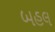
બહલ